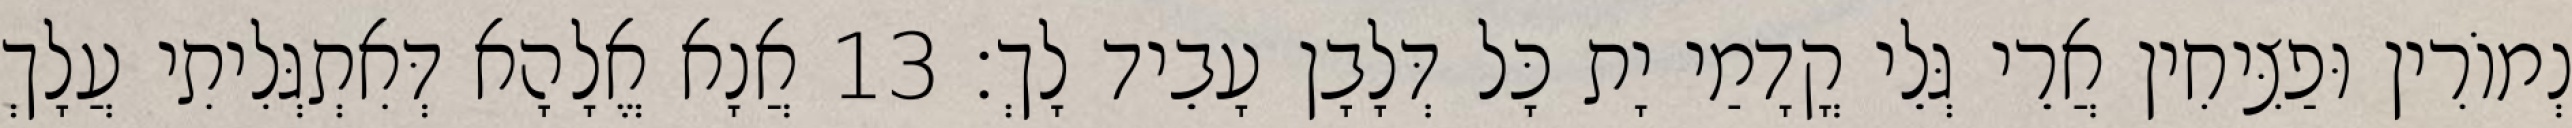
נְמוֹרִין וּפַצִּיחִין אֲרֵי גְּלֵי קֳדָמַי יָת כָּל דְּלָבָן עָבֵיד לָךְ׃ 13 אֲנָא אֱלָהָא דְּאִתְגְּלִיתִי עֲלָךְ